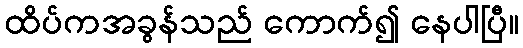
ထိပ်ကအခွန်သည် ကောက်၍ နေပါပြီ။